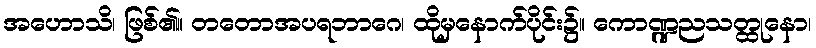
အဟောသိ၊ ဖြစ်၏။ တတောအပရဘာဂေ၊ ထိုမှနောက်ပိုင်း၌။ ကောဏ္ဍညသတ္ထုနော၊